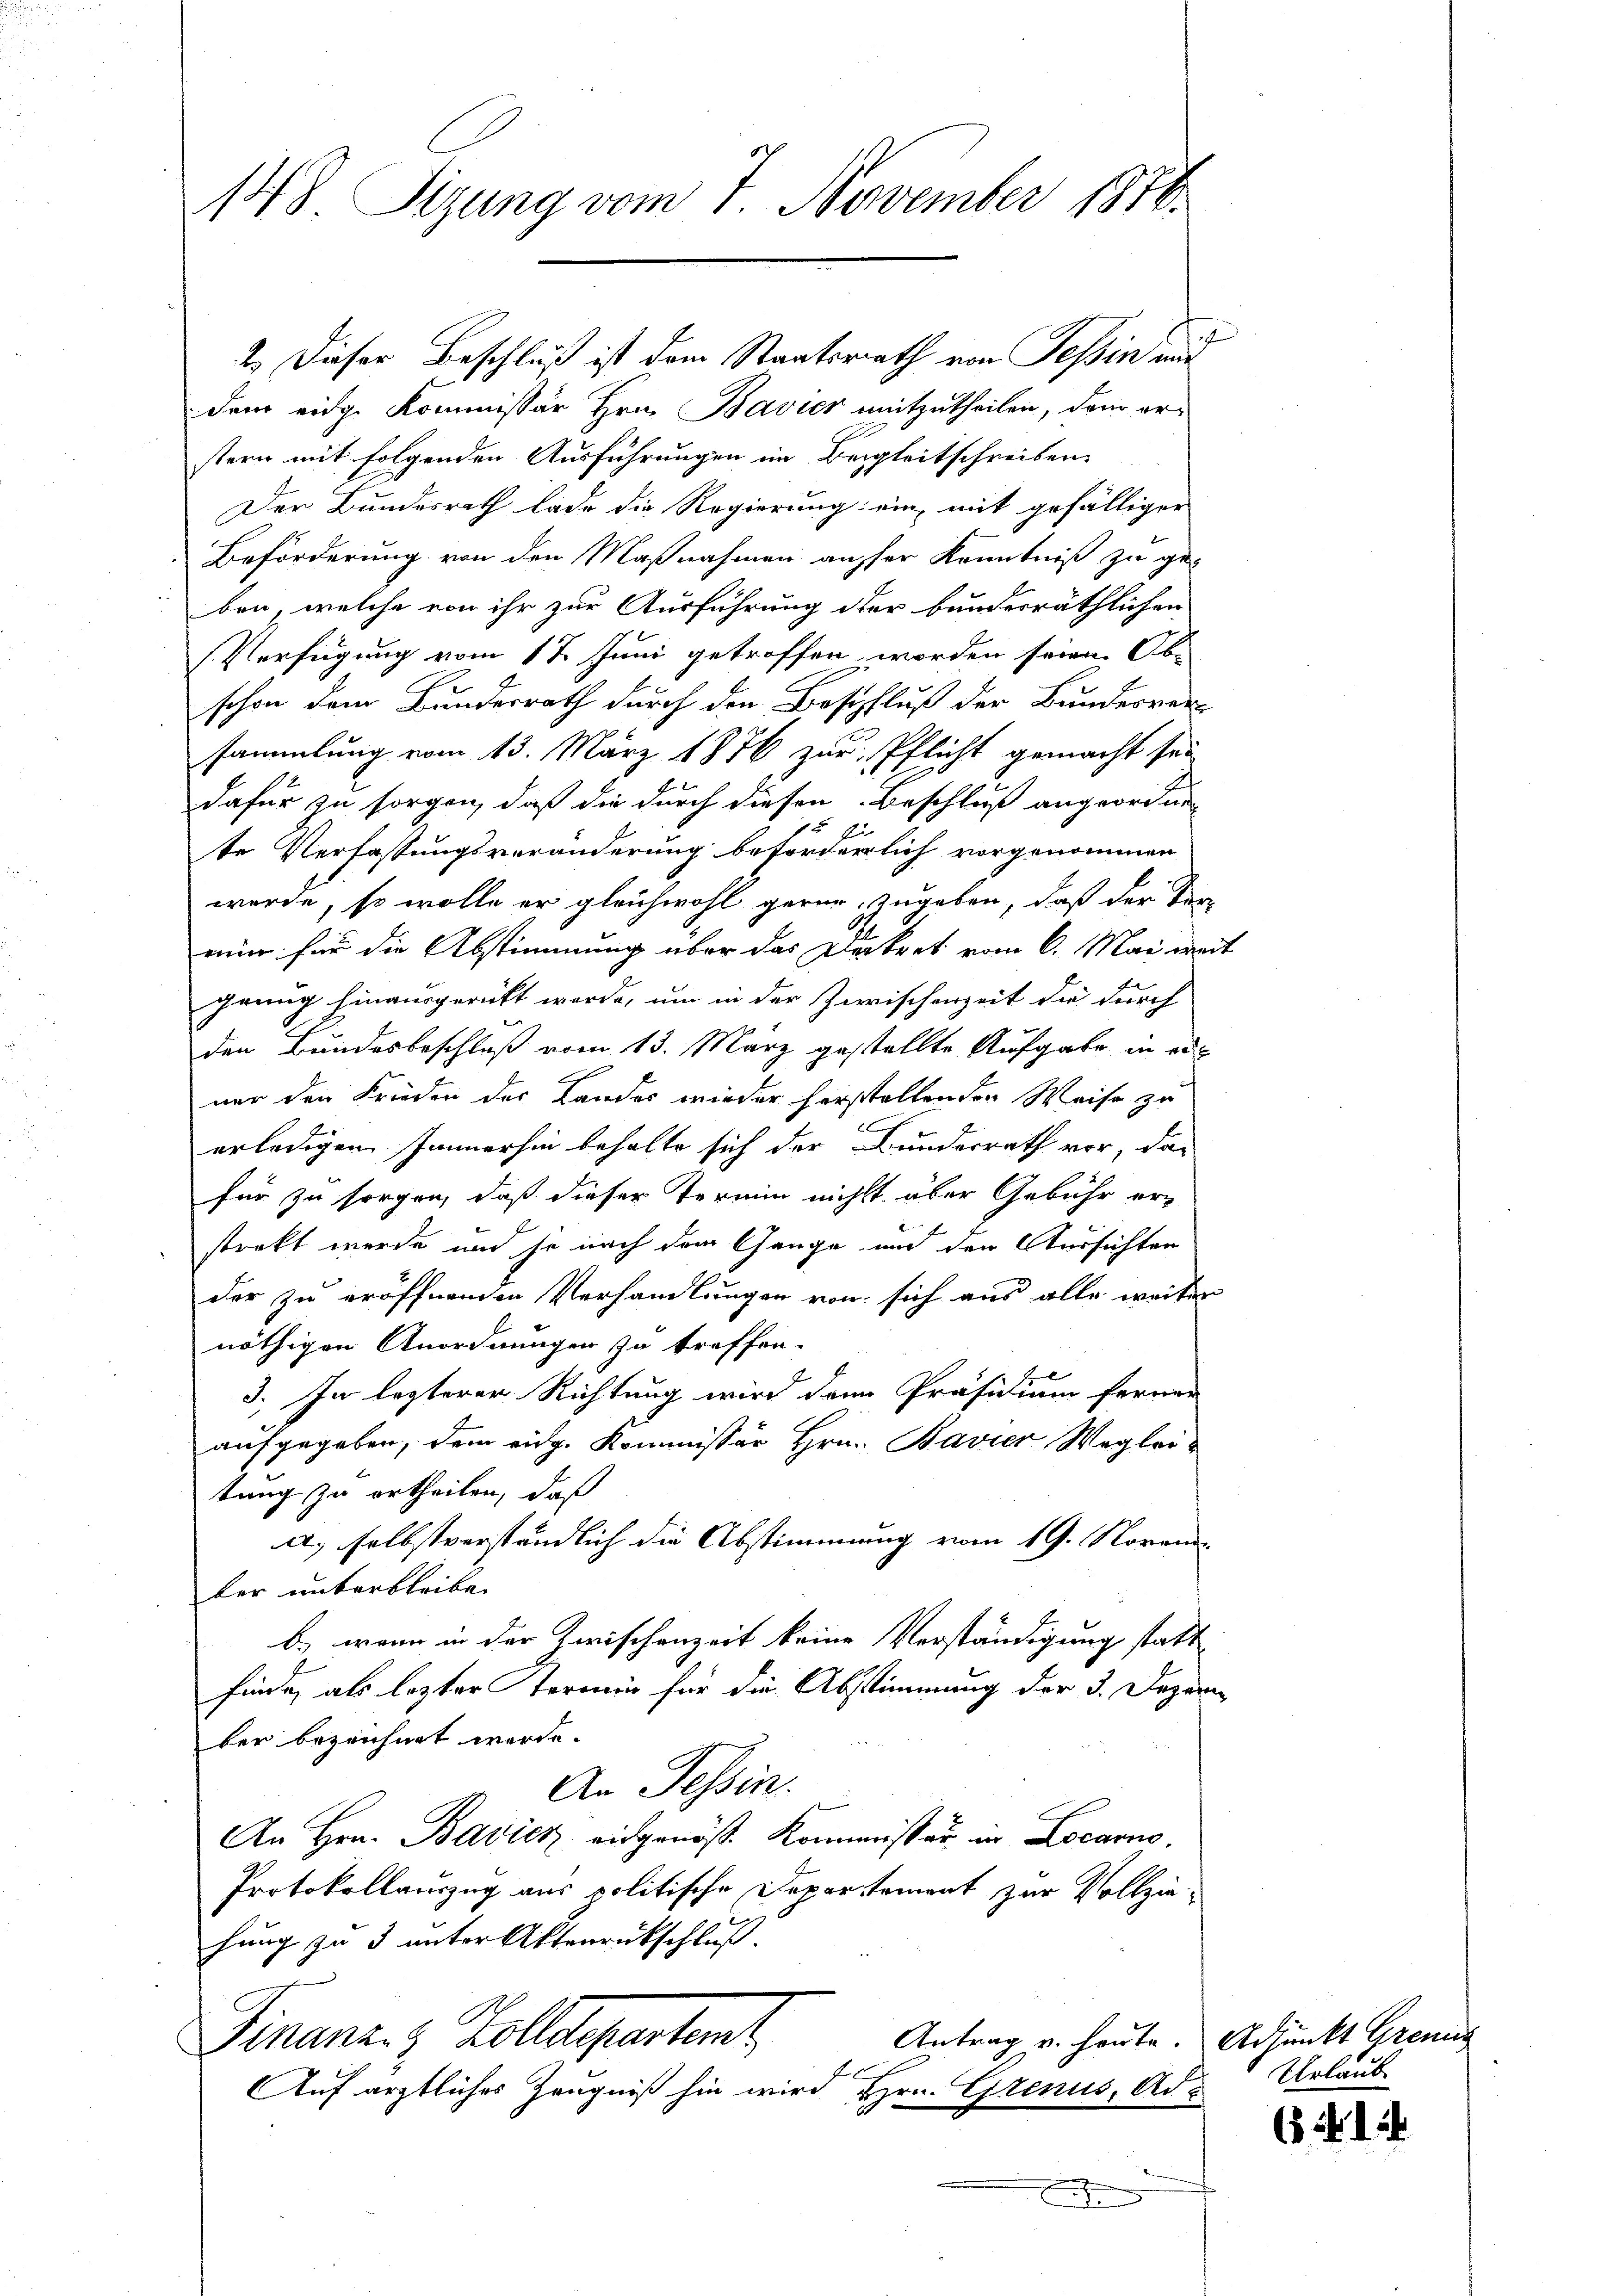
148. Sizung vom 7. November 1810.

2.) Dieser Beschluß ist dem Staatsrath von Tessin aus
dem eidge Kommissär Hrn. Bavier mitzutheilen, dann erstern mit folgenden Ausführungen im Bergleitschreiben.
Der Bundesrath lade die Regierung ein mit gefälliger
Beförderung von den Maßnahmen ausser Kenntniß zu ge-
ben, welche von ihr zur Ausführung der bundesräthlichen
Verfügung vom 17. Juni getroffen worden seien. Ab-
schon dem Bundesrath durch den Beschluß der Bundesver
sammlung vom 13. März 1876 zur Pflicht gemacht sei
dafür zu sorgen, daß die durch diesen Beschluß angeordnen
f
zi
te Verfassungsveränderung beförderlich vorgenommen
werde, so wolle er gleichwohl gerne, zugeben, daß der Ver-
min für die Abstimmung über das Dekret vom 6. Mai war
grung hinausgericht werde, um in der Zwischenzeit die durch
den Bundesbeschluß vom 13. März gestellte Aufgabe in ein
ner den Frieden der Landes wieder herstellenden Weise zu
erledigen Immerhin behalte sich der Bunderrath vor, das
für zu sorgen, daß dieser Termin nicht über Gebühr erstrakt wurde und so nach dem Gange und den Aussichten
der zu eröffnenden Verhandlungen von sich aus alle weiter
nöthigen Anordnungen zu treffen.
3. In lezterer Richtung wird dann Präsidium ferner
aufgegeben, dem eidg. Kommissär Hrn. Bavier Wegleitung zu ertheilen, daß
a., selbstverständlich die Abstimmung vom 19. Novem
ler unterbleibe.
b) wenn in der Zwischenzeit keine Verständigung statt
finde, als lezter Termin für die Abstimmung der 3. Dezember bezeichnet werde.
An Tessin.
s
An Hrn. Bavier eidgenöß. Kommissär in Locarno,
Protokollauszug aus politische Departement zur Vollziehung zu 3 unter Aktenrückschluß.
Finanz. z. Zolldepartent
Antrag v. heute.
fl.
Auf ärztliches Zeugniß hin wird Hrn. Grenus, Ad¬

3

d

2

Adjunkt Grenz
Urlaub

64. 12